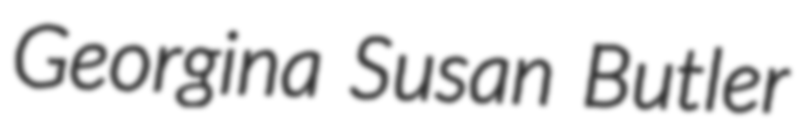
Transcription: Georgina Susan Butler